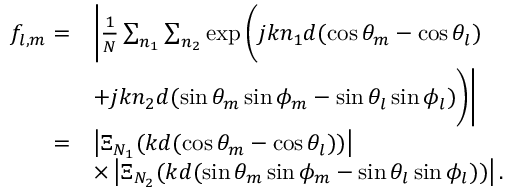
\begin{array} { r l } { f _ { l , m } = } & { \Bigg | \frac { 1 } { N } \sum _ { n _ { 1 } } \sum _ { n _ { 2 } } \exp \bigg ( j k n _ { 1 } d ( \cos \theta _ { m } - \cos \theta _ { l } ) } \\ & { + j k n _ { 2 } d ( \sin \theta _ { m } \sin \phi _ { m } - \sin \theta _ { l } \sin \phi _ { l } ) \bigg ) \Bigg | } \\ { = } & { \left| \Xi _ { N _ { 1 } } ( k d ( \cos \theta _ { m } - \cos \theta _ { l } ) ) \right| } \\ & { \times \left| \Xi _ { N _ { 2 } } ( k d ( \sin \theta _ { m } \sin \phi _ { m } - \sin \theta _ { l } \sin \phi _ { l } ) ) \right| . } \end{array}